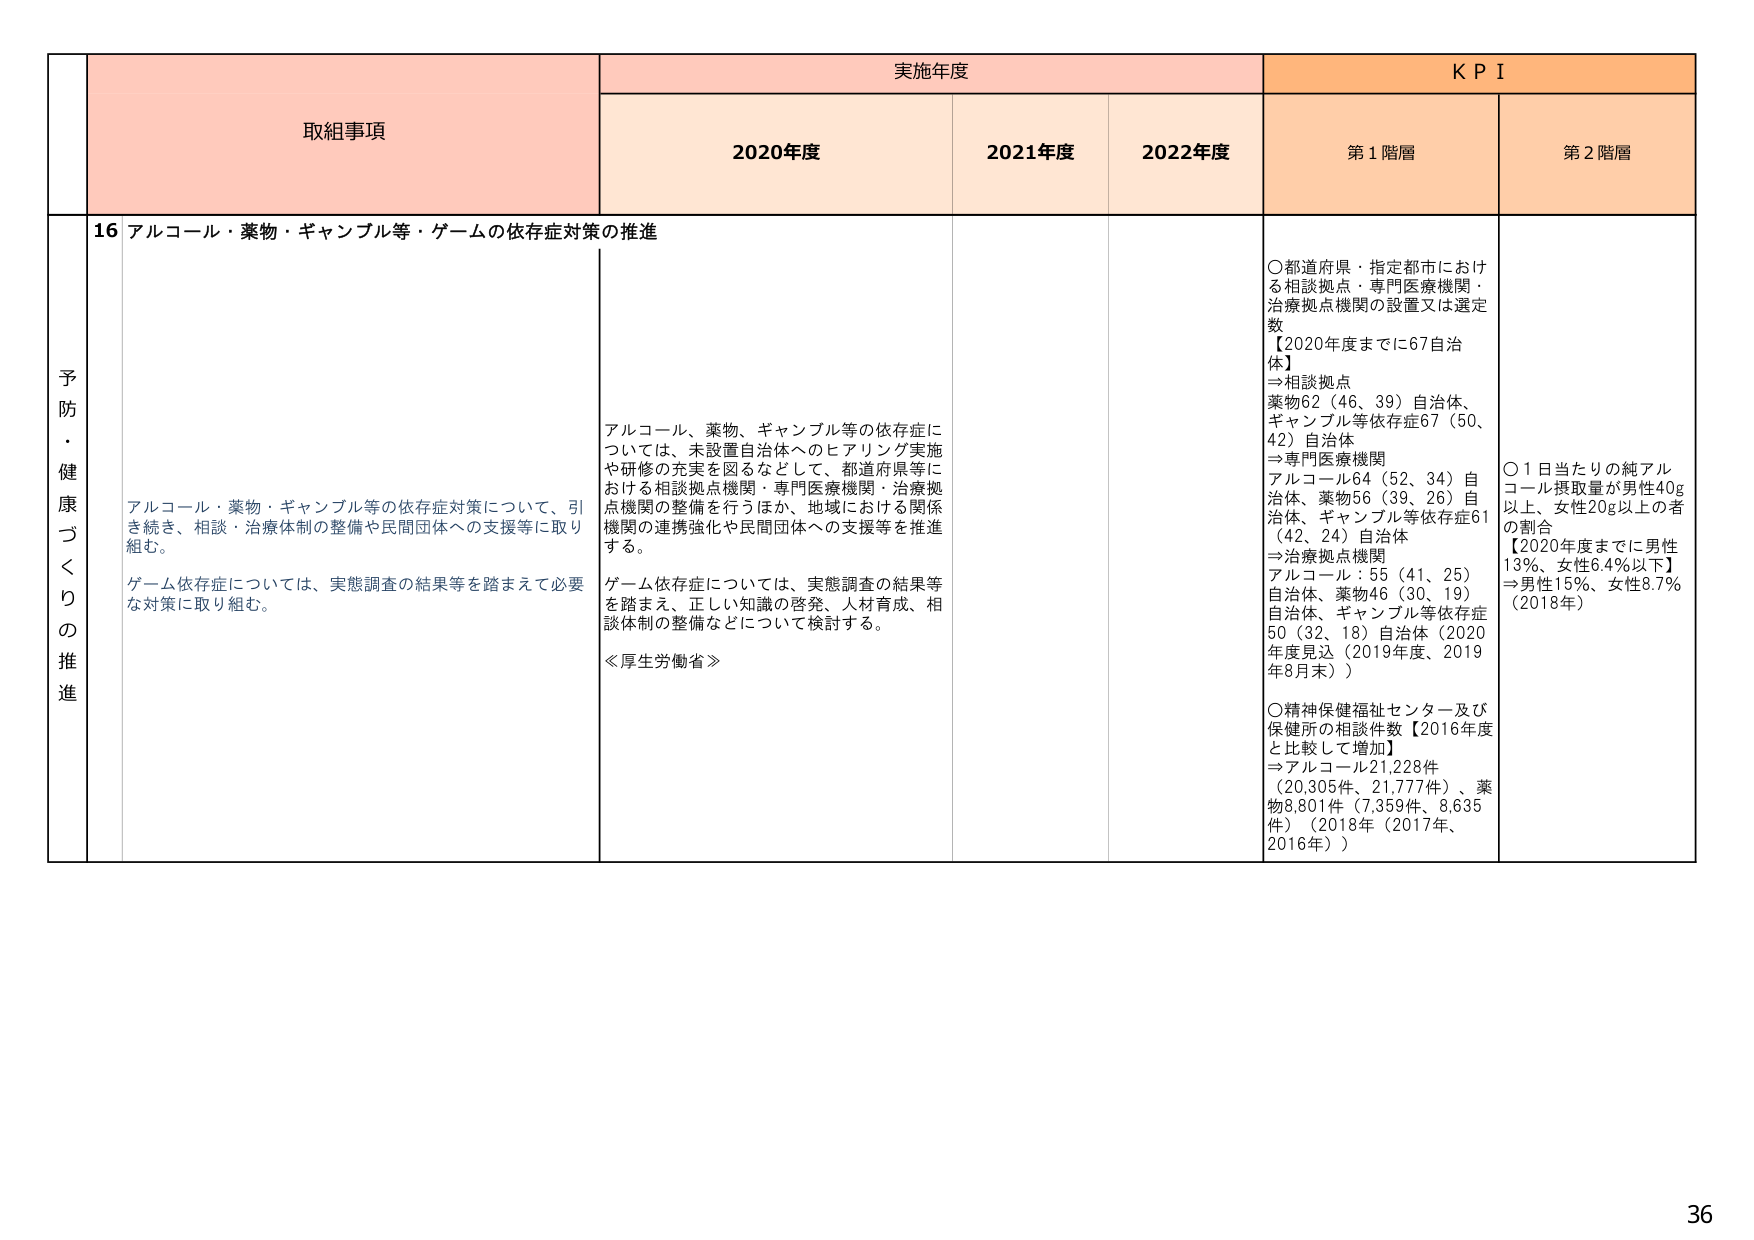
予防・健康づくりの推進

取組事項

実施年度

KPI

2020年度

2021年度

2022年度

第1階層

第2階層

16 アルコール・薬物・ギャンブル等・ゲームの依存症対策の推進

アルコール・薬物・ギャンブル等の依存症対策について、引き続き、相談・治療体制の整備や民間団体への支援等に取り組む。

ゲーム依存症については、実態調査の結果等を踏まえて必要な対策に取り組む。

アルコール、薬物、ギャンブル等の依存症については、未設置自治体へのヒアリング実施や研修の充実を図るなどして、都道府県等における相談拠点機関・専門医療機関・治療拠点機関の整備を行うほか、地域における関係機関の連携強化や民間団体への支援等を推進する。

ゲーム依存症については、実態調査の結果等を踏まえ、正しい知識の啓発、人材育成、相談体制の整備などについて検討する。

≪厚生労働省≫

○都道府県・指定都市における相談拠点・専門医療機関・治療拠点機関の設置又は選定数
【2020年度までに67自治体】
→相談拠点
薬物62（46、39）自治体、ギャンブル等依存症67（50、42）自治体
→専門医療機関
アルコール64（52、34）自治体、薬物56（39、26）自治体、ギャンブル等依存症61（42、24）自治体
→治療拠点機関
アルコール：55（41、25）自治体、薬物46（30、19）自治体、ギャンブル等依存症50（32、18）自治体（2020年度見込（2019年度、2019年8月末））

○精神保健福祉センター及び保健所の相談件数【2016年度と比較して増加】
→アルコール21,228件（20,305件、21,777件）、薬物8,801件（7,359件、8,635件）（2018年（2017年、2016年））

○1日当たりの純アルコール摂取量が男性40g以上、女性20g以上者の割合
【2020年度までに男性13%、女性6.4%以下】
⇒男性15%、女性8.7%（2018年）

36